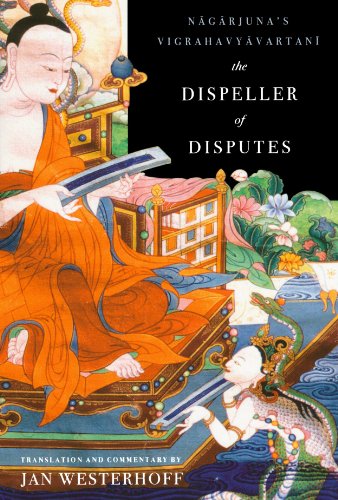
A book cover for The Dispeller of Disputes: Nagarjuna's Vigrahavyavartani; Jan Westerhoff; Religion & Spirituality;